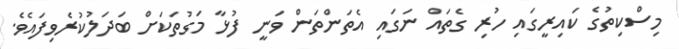
މިސްކިތުގެ ކައިރީގައި ހުރި ގެތައް ނަގައި އެތަންތަން ވަނީ ފުޅާ މަގުތަކަށް ބަދަލުކުރެވިފައެވެ.